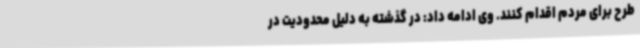
طرح برای مردم اقدام کنند. وی ادامه داد: در گذشته به دلیل محدودیت در